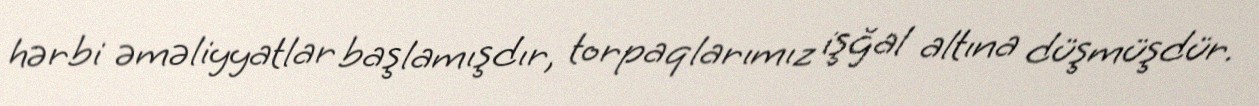
hərbi əməliyyatlar başlamışdır, torpaqlarımız işğal altına düşmüşdür.